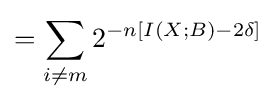
=\sum _{i\neq m}2^{-n\left[I\left(X;B\right)-2\delta \right]}